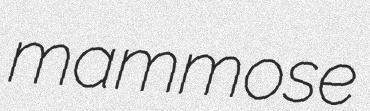
mammose